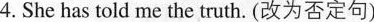
4. She has told me the truth. (改为否定句)